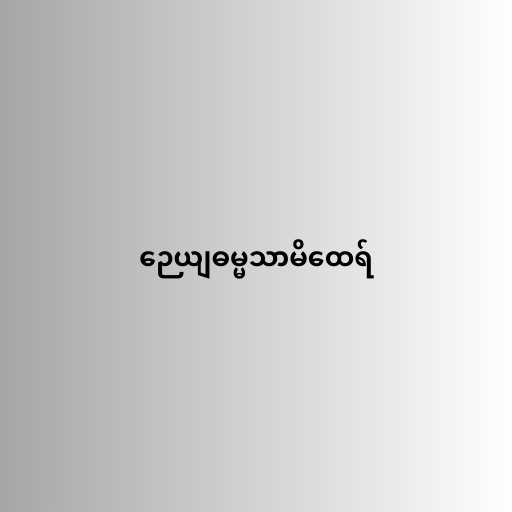
ဉေယျဓမ္မသာမိထေရ်